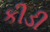
કીડી